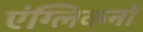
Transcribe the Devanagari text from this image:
एंग्लिकनों